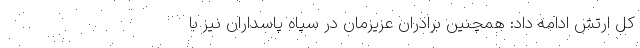
کل ارتش ادامه داد: همچنین برادران عزیزمان در سپاه پاسداران نیز با